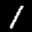
Label: 1